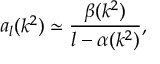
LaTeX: \mathcal { F } ^ { G } = \frac { D } { 4 } e ^ { 2 / D } \sqrt { \frac { D + 2 } { D - 2 } }